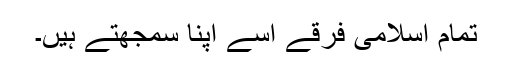
تمام اسلامی فرقے اُسے اپنا سمجھتے ہیں۔